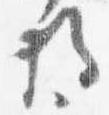
将